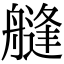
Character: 𦪎